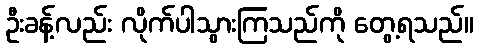
ဦးခန့်လည်း လိုက်ပါသွားကြသည်ကို တွေ့ရသည်။